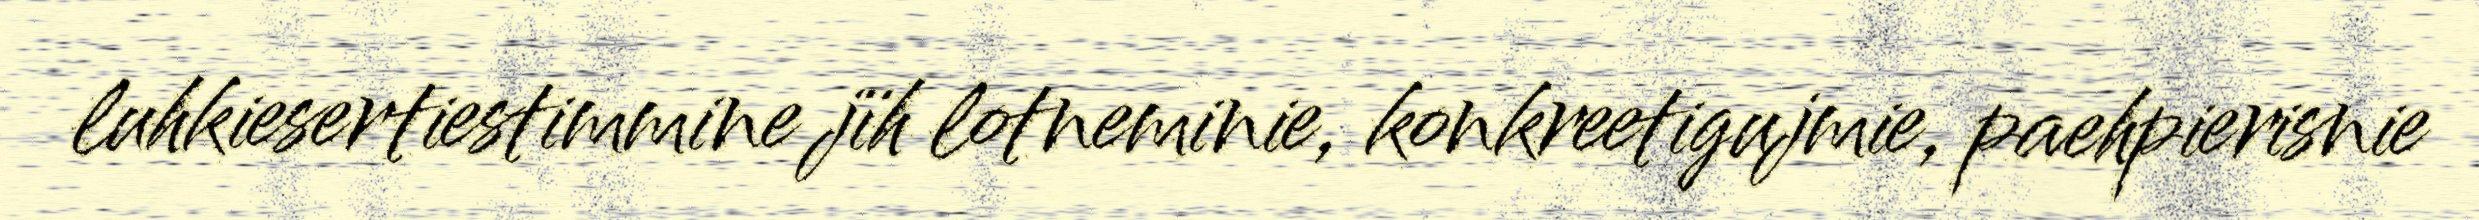
luhkiesertiestimmine jïh lotneminie, konkreetigujmie, paehpierisnie